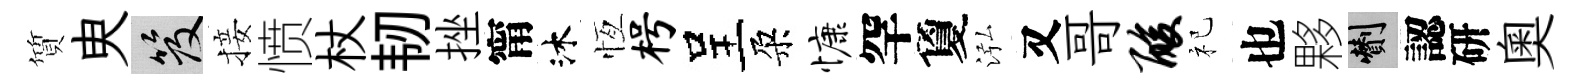
質㬰笈接愤杖韧挫甯沐恆枵呈朶慷罕夐泓又哥酸祀也夥剪認研奥